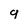
Character: 9